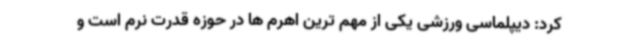
کرد: دیپلماسی ورزشی یکی از مهم ترین اهرم ها در حوزه قدرت نرم است و